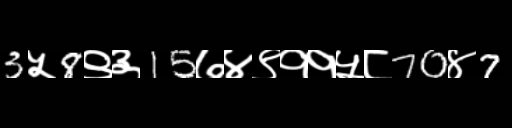
Text: 3५8९३15७४९११५८70४7